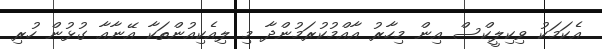
އެކަމަކު ވިކިލީކްސް އިން މިހާރު އާއްމުކުރަމުންދާ މި ލިއެކިއުންތަކާ އޭނާއާ ގުޅުން ހުރި